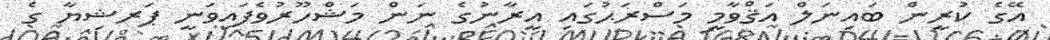
އޭގެ ކުރީން ބައިނަލް އަޤްވާމީ މަސްރަޙުގައި އީރާނުގެ ނަން މަޝްހޫރުވެފައިވަނީ ޕަރޝިޔާ ގެ